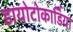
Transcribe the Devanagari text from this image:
डायोटोकार्डिया